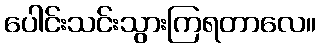
ပေါင်းသင်းသွားကြရတာလေ။